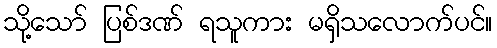
သို့သော် ပြစ်ဒဏ် ရသူကား မရှိသလောက်ပင်။